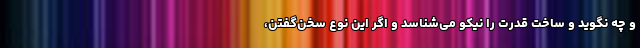
و چه نگوید و ساختِ قدرت را نیکو می‌شناسد و اگر این نوع سخن‌گفتن،